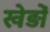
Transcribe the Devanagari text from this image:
खेड़ों